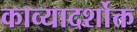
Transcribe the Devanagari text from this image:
काव्यादर्शोक्त